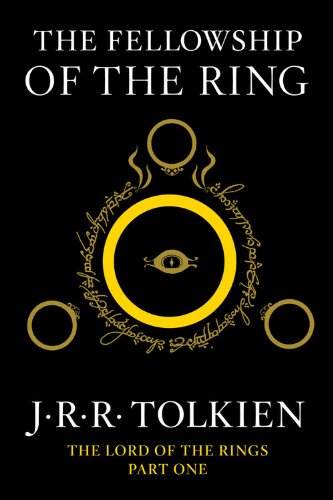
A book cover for The Fellowship of the Ring: Being the First Part of The Lord of the Rings; J.R.R. Tolkien; Science Fiction & Fantasy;